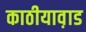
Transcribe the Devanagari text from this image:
काठीयाव़ाड